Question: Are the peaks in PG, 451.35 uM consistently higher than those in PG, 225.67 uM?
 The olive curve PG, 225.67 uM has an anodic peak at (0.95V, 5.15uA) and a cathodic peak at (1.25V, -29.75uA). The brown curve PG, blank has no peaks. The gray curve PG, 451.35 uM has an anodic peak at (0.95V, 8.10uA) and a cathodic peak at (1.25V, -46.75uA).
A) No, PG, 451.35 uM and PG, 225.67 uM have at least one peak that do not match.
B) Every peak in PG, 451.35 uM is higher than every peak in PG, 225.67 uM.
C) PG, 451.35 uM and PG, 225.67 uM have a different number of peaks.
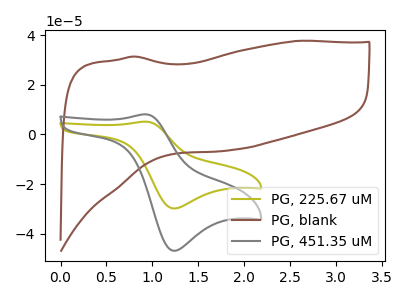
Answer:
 <answer>B) Every peak in "PG, 451.35 uM" is higher than every peak in "PG, 225.67 uM".</answer>
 <eval>B</eval>